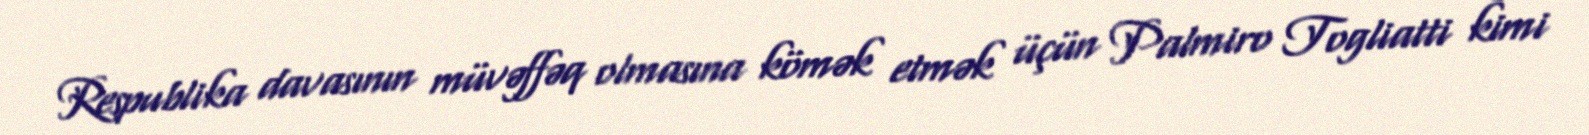
Respublika davasının müvəffəq olmasına kömək etmək üçün Palmiro Togliatti kimi